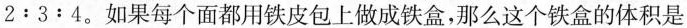
$$2 : 3 : 4$$。如果每个面都用铁皮包上做成铁盒，那么这个铁盒的体积是